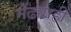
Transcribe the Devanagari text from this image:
मेंढ्याही